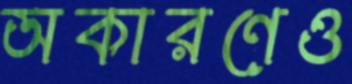
অকারণেও